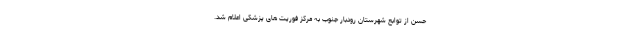
حسن از توابع شهرستان رودبار جنوب به مرکز فوریت های پزشکی اعلام شد.